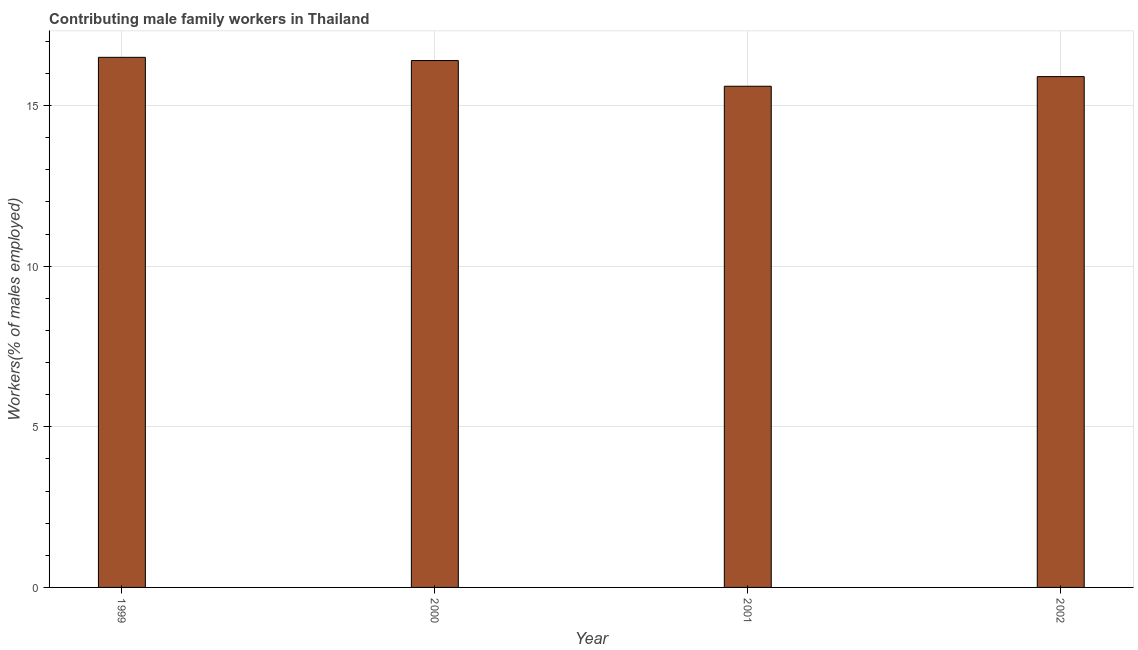
| Year | Contributing family workers |
 | --- | --- |
 | 1999 | 16.5 |
 | 2000 | 16.4 |
 | 2001 | 15.6 |
 | 2002 | 15.9 |